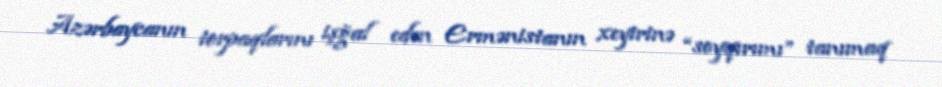
Azərbaycanın torpaqlarını işğal edən Ermənistanın xeyirinə “soyqırımı” tanımaq